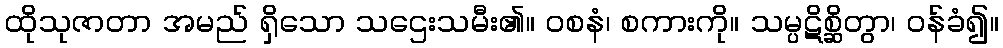
ထိုသုဇာတာ အမည် ရှိသော သဌေးသမီး၏။ ဝစနံ၊ စကားကို။ သမ္ပဋိစ္ဆိတွာ၊ ဝန်ခံ၍။